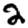
Digit: 2